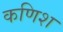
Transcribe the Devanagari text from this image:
कणिश